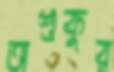
অশুকুর